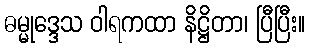
ဓမ္မုဒ္ဒေသ ဝါရကထာ နိဋ္ဌိတာ၊ ပြီပြီး။